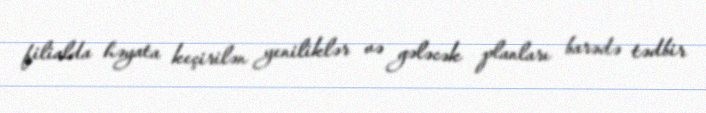
filialda həyata keçirilən yeniliklər və gələcək planları barədə tədbir